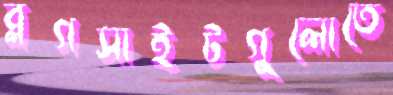
ব্লগসাইটগুলোতে